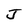
Character: J